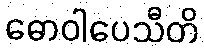
ဓောဝါပေသီတိ